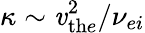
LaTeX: \kappa\sim\mathit{v}_{\mathrm{{th}}e}^{2}/\nu_{ei}